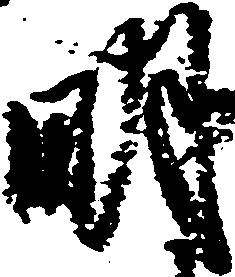
明